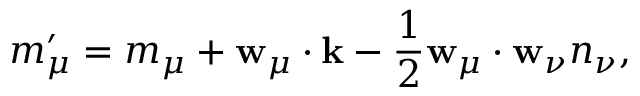
m _ { \mu } ^ { \prime } = m _ { \mu } + { \bf w } _ { \mu } \cdot { \bf k } - \frac { 1 } { 2 } { \bf w } _ { \mu } \cdot { \bf w } _ { \nu } n _ { \nu } ,